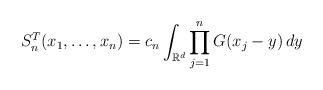
LaTeX: \begin{align*}S_n^T(x_1,\ldots,x_n)=c_n\int_{\mathbb{R}^d}\prod_{j=1}^nG(x_j-y)\,dy\end{align*}